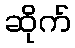
ဆိုက်